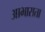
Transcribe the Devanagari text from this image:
आभासता